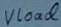
Text: Vload